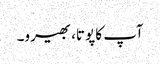
آپ کا پوتا، بھیرو۔